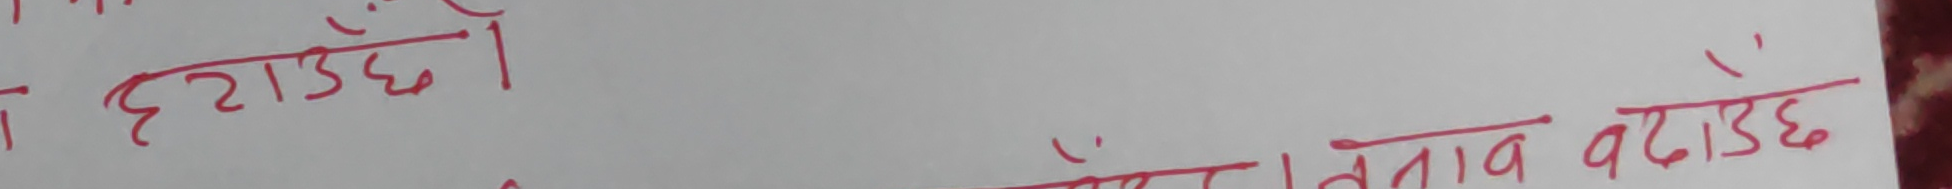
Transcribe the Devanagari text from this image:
हटाउँछ । तनाव बढाउँछ ।